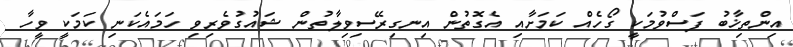
އިންތިޚާބު ފަސްވުމަކީ ގޯހެއް ކަމަށާއި އެގޮތުން އިނގިރޭސިވިލާތުން ޝައުގުވެރިވި ހަމައެކަނި ކަމަކީ ވީހާ